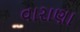
વારાણા